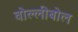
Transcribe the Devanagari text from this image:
वोल्लीबोल